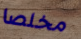
مخلصا